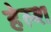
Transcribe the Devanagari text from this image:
हेल्श